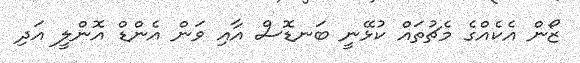
ޒޯން އެކެއްގެ މެޗުތައް ކުޅޭނީ ބަނޑޮސް އާއި ވަން އެންޑް އޮންލީ އަދި